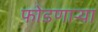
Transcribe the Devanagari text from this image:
फोडणार्‍या